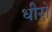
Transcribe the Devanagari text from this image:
धीरो